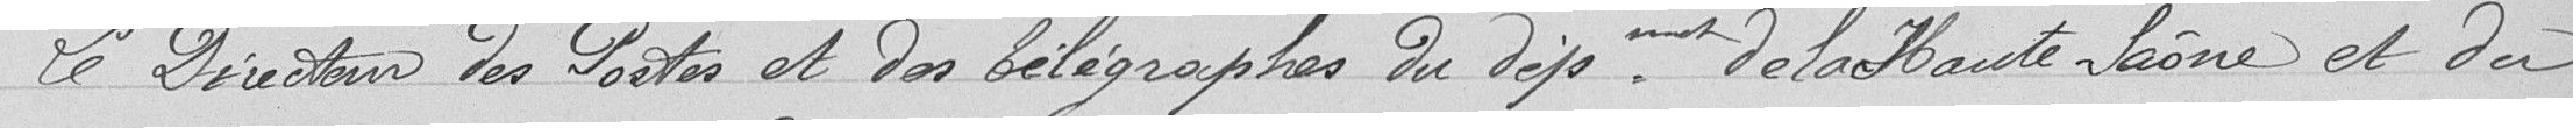
Le Directeur des postes et des télégraphes du département de haute Saône et du